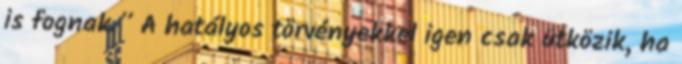
is fognak.” A hatályos törvényekkel igen csak ütközik, ha